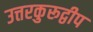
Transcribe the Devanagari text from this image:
उत्तरकुरूद्वीप